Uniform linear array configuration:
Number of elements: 32
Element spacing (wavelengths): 1
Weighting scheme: hamming
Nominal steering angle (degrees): -15
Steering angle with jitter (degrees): -16.766
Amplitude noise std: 0.05
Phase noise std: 0.05

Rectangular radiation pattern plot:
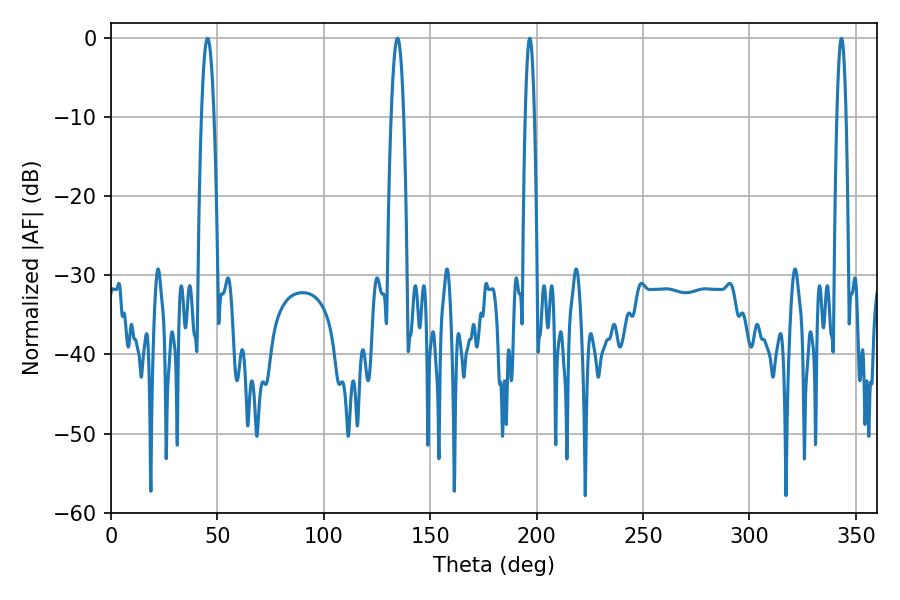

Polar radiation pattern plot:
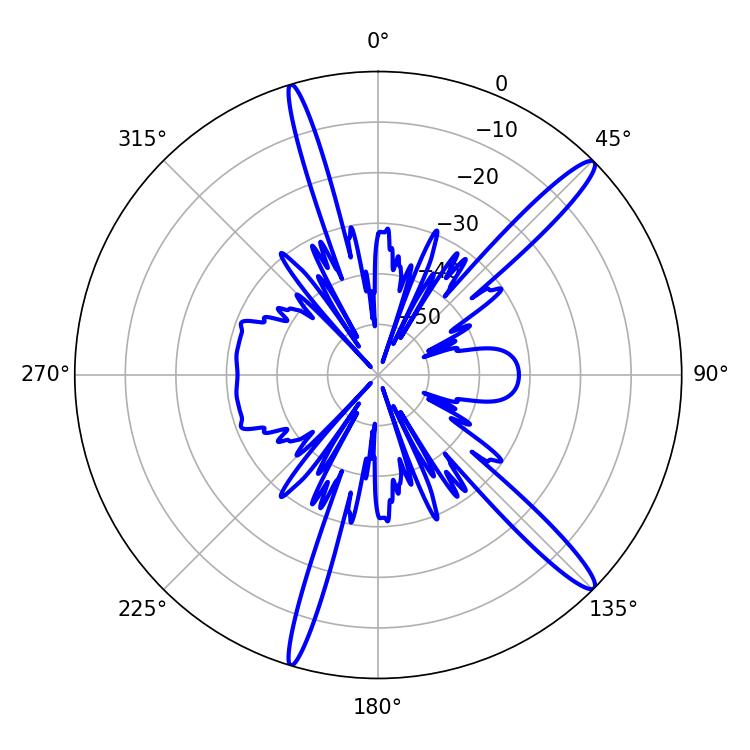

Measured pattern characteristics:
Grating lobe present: TRUE
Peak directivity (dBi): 15.121
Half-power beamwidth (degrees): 3.24
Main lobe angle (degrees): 45.36